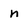
Character: n